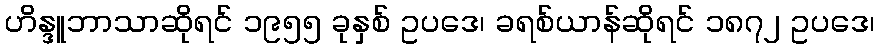
ဟိန္ဒူဘာသာဆိုရင် ၁၉၅၅ ခုနှစ် ဥပဒေ၊ ခရစ်ယာန်ဆိုရင် ၁၈၇၂ ဥပဒေ၊